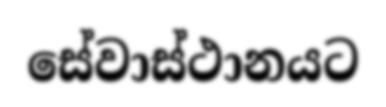
සේවාස්ථානයට